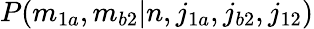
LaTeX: P(m_{1a},m_{b2}|n,j_{1a},j_{b2},j_{12})